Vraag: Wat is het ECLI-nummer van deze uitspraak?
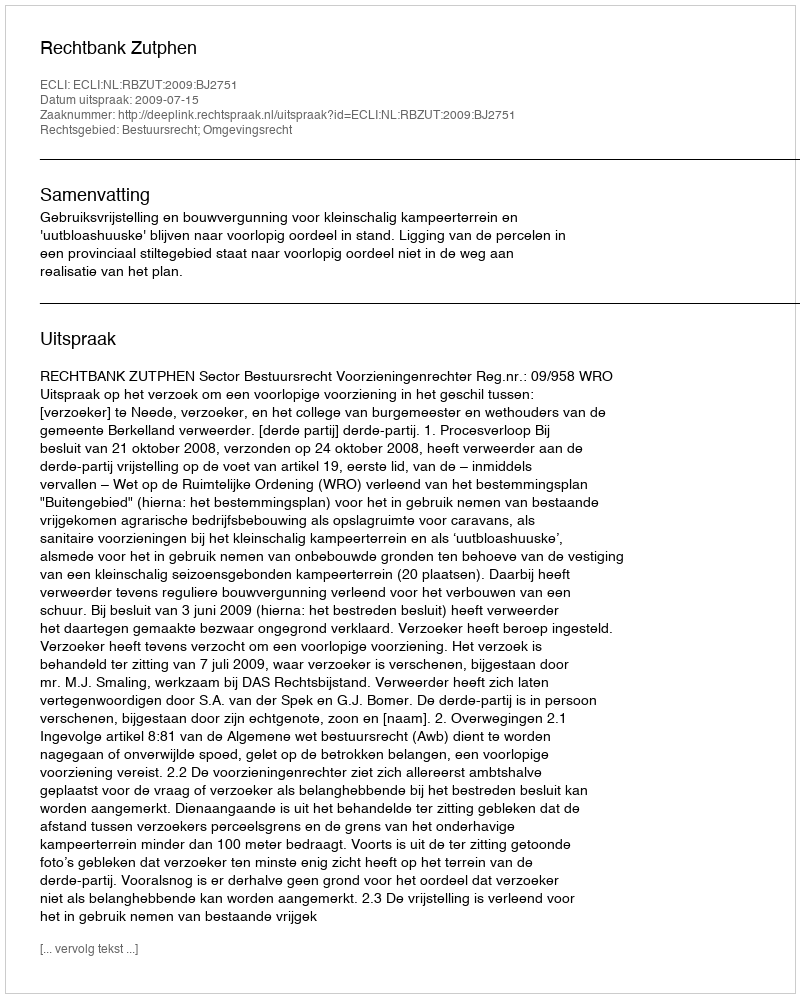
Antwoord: ECLI:NL:RBZUT:2009:BJ2751